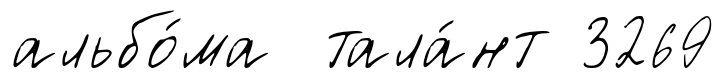
альбо́ма тала́нт 3269